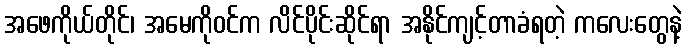
အဖေကိုယ်တိုင်၊ အမေကိုဝင်က လိင်ပိုင်းဆိုင်ရာ အနိုင်ကျင့်တာခံရတဲ့ ကလေးတွေနဲ့